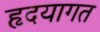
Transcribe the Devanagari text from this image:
हृदयागत